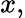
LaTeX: x,